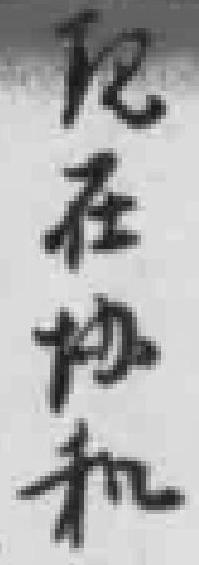
现在协和